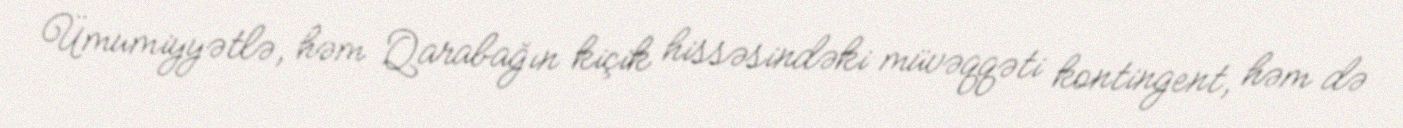
Ümumiyyətlə, həm Qarabağın kiçik hissəsindəki müvəqqəti kontingent, həm də